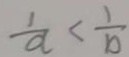
\frac { 1 } { a } < \frac { 1 } { b }